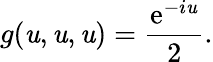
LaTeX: g(\mathit{u},\mathit{u},\mathit{u})=\frac{{\mathrm{{e}}^{-i\mathit{u}}}}{{2}}.